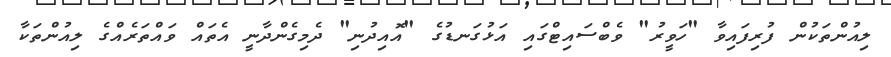
ލިއުންތަކުން ފުރިފައިވާ "ހަވީރު" ވެބްސައިޓްގައި އަޅުގަނޑުގެ "އޮއިދުނި" ދެމިގެންދާނީ އެތައް ވައްތަރެއްގެ ލިއުންތަކާ